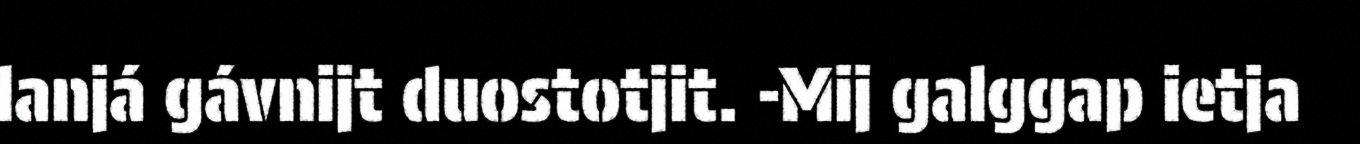
lanjá gávnijt duostotjit. -Mij galggap ietja